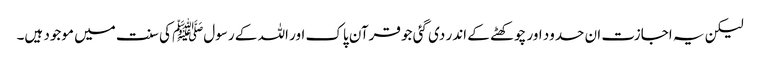
لیکن یہ اجازت ان حدود اور چوکھٹے کے اندر دی گئی جو قرآن پاک اور اللہ کے رسولﷺ کی سنت میں موجود ہیں۔